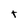
Character: t